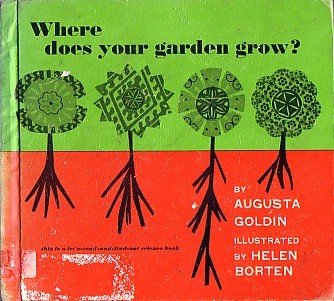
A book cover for Where Does Your Garden Grow?; Augusta Goldin; Crafts, Hobbies & Home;